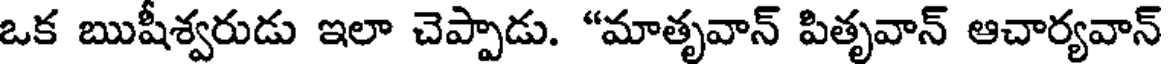
ఒక ఋషీశ్వరుడు ఇలా చెప్పాడు. "మాతృవాన్ పితృవాన్ ఆచార్యవాన్